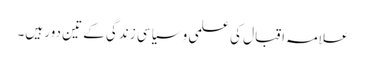
علامہ اقبال کی علمی و سیاسی زندگی کے تین دور ہیں۔